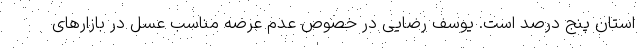
استان پنج درصد است. یوسف رضایی در خصوص عدم عرصه مناسب عسل در بازارهای